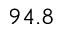
9 4 . 8